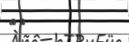
٦١